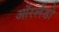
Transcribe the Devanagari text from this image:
ऑरलेंडो